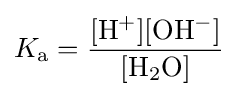
K_{\text{a}}=\mathrm {\frac {[H^{+}][OH^{-}]}{[H_{2}O]}}